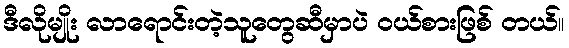
ဒီလိုမျိုး လာရောင်းတဲ့သူတွေဆီမှာပဲ ဝယ်စားဖြစ် တယ်။